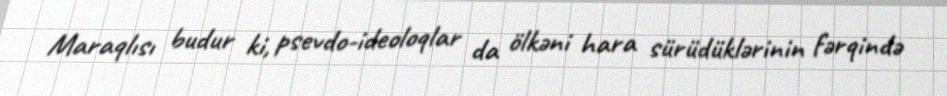
Maraqlısı budur ki, psevdo-ideoloqlar da ölkəni hara sürüdüklərinin fərqində